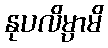
နုပလိမ္ပာမိ